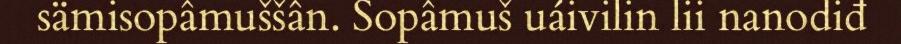
sämisopâmuššân. Sopâmuš uáivilin lii nanodiđ